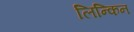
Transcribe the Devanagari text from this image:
लिन्किन